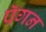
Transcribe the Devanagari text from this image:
पॅगन